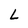
Character: L